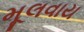
મૂલવાય